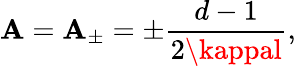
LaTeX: \mathbf{A}=\mathbf{A}_{\pm}=\pm\frac{{d-1}}{{2\kappal}},